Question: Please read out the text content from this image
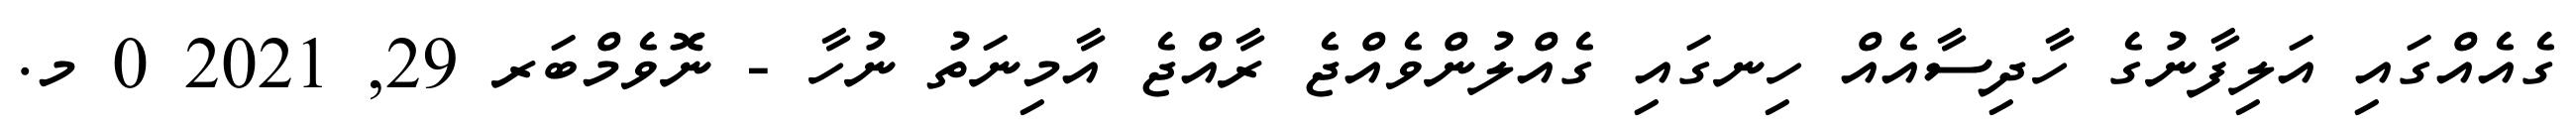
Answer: ގެއެއްގައި އަލިފާނުގެ ހާދިސާއެއް ހިނގައި ގެއްލުންވެއްޖެ ރާއްޖެ އާމިނަތު ނުހާ - ނޮވެމްބަރ 29, 2021 0 މ.